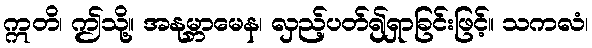
ဣတိ၊ ဤသို့။ အနုမ္ဘာမေန၊ လှည့်ပတ်၍ရှာခြင်းဖြင့်။ သကလံ၊